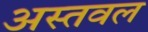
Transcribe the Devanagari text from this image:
अस्तवल